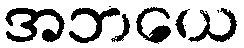
အဘယေ